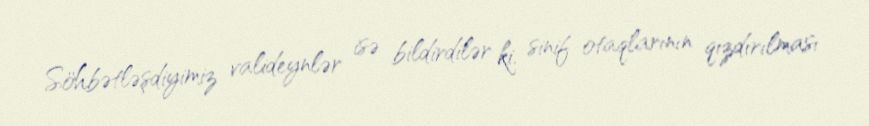
Söhbətləşdiyimiz valideynlər isə bildirdilər ki, sinif otaqlarının qızdırılması